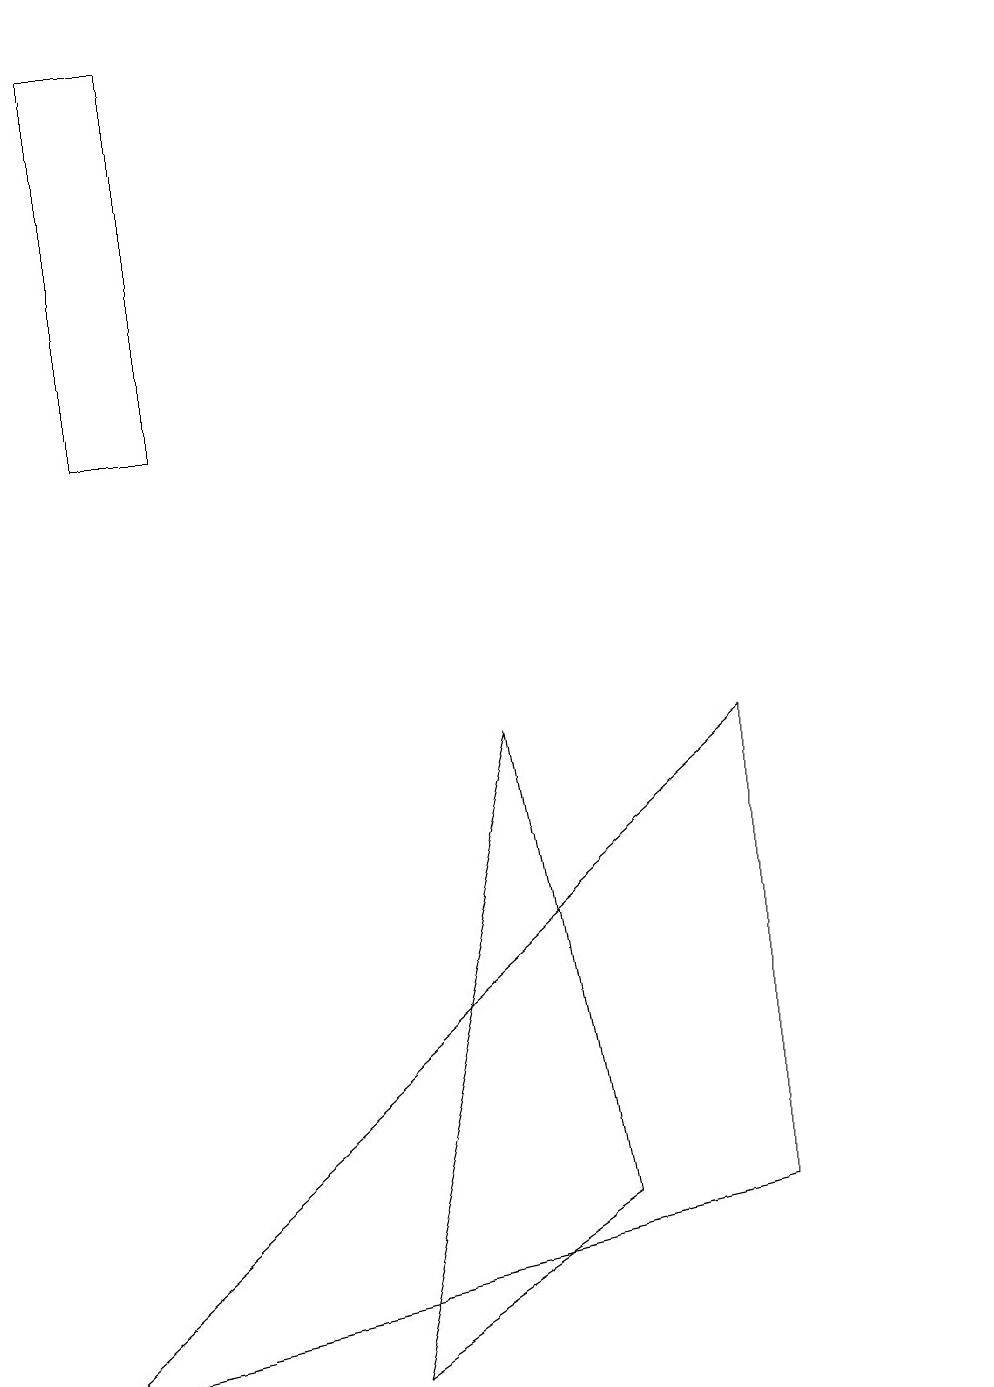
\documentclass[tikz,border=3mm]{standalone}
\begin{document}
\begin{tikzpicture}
\draw (6,8) -- (7,2) -- (4,0) -- cycle;
\draw (1,17) rectangle (2,12);
\draw (12,10) circle (0);
\draw (9,8) -- (9,2) -- (0,0) -- cycle;
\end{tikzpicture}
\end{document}